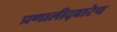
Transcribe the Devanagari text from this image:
प्रणालीद्वारेच